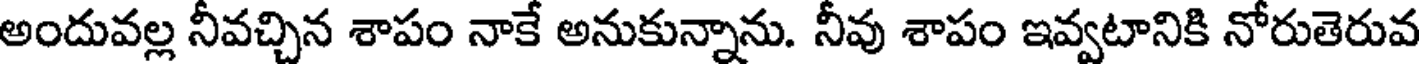
అందువల్ల నీవచ్చిన శాపం నాకే అనుకున్నాను. నీవు శాపం ఇవ్వటానికి నోరుతెరువ